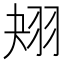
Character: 𦐋